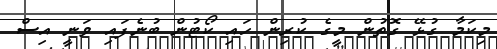
މިކަމާ ގުޅޭ ގޮތުން މީގެ ކުރިން ހައި ކޯޓުން ބުނެފައި ވަނީ އިސް